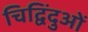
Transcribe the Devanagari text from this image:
चिद्विंदुओं